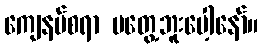
ကျေနပ်စရာ မတွေ့ဘူးပေါ့နော်။